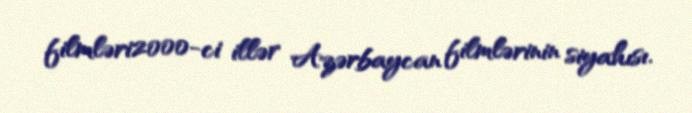
filmləri2000-ci illər Azərbaycan filmlərinin siyahısı.